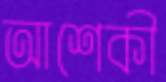
আশেকী